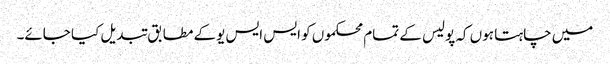
میں چاہتا ہوں کہ پولیس کے تمام محکموں کو ایس ایس یوکے مطابق تبدیل کیا جائے۔